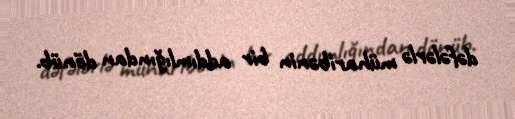
dəfələrlə müharibənin bir addımlığından dönüb.